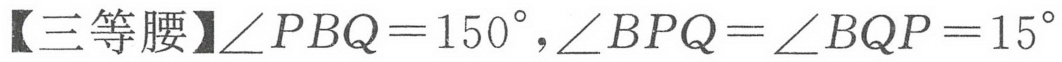
【三等腰】\(\angle PBQ = 150^{\circ},\angle BPQ=\angle BQP = 15^{\circ}\)